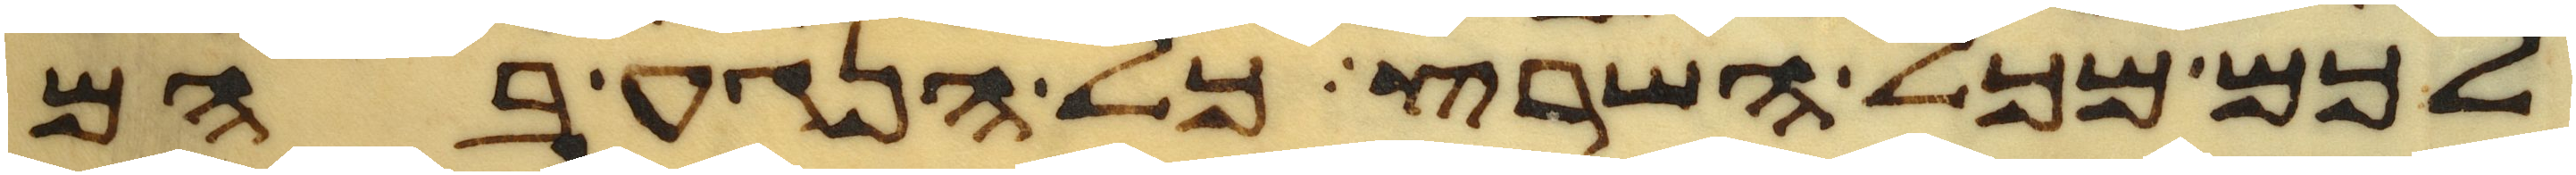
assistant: לכם מכל השרץ כל הנגע בהם